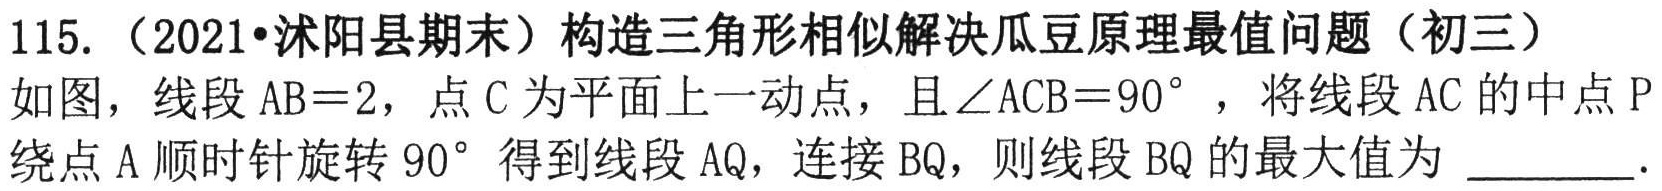
115.（2021•沭阳县期末）构造三角形相似解决瓜豆原理最值问题（初三）
如图，线段 \(AB = 2\)，点 \(C\) 为平面上一动点，且 \(\angle ACB = 90^{\circ}\)，将线段 \(AC\) 的中点 \(P\) 绕点 \(A\) 顺时针旋转 \(90^{\circ}\) 得到线段 \(AQ\)，连接 \(BQ\)，则线段 \(BQ\) 的最大值为 \_\_\_\_\_．